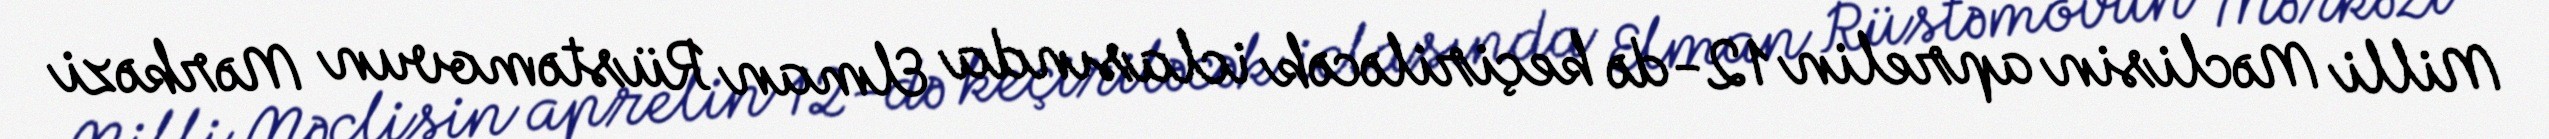
Milli Məclisin aprelin 12-də keçiriləcək iclasında Elman Rüstəmovun Mərkəzi